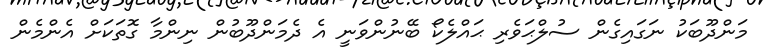
މަންދޫބަކު ނަގައިގެން ސުލްޙަވެރި ޙައްލެކޯ ބޭނުންވަނީ އެ ދެމަންދޫބުން ނިންމާ ގޮތަކަށް އެންމެން